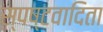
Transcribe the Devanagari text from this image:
स्‍पष्‍टवादिता